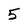
Character: 5